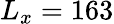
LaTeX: L_{x}=163